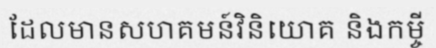
ដែលមានសហគមន៍វិនិយោគ និងកម្ចី